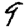
Digit: 9